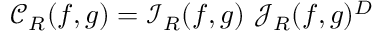
\mathcal { C } _ { R } ( { \boldsymbol f } , { \boldsymbol g } ) = \mathcal { I } _ { R } ( { \boldsymbol f } , { \boldsymbol g } ) \ \mathcal { J } _ { R } ( { \boldsymbol f } , \boldsymbol { g } ) ^ { D }